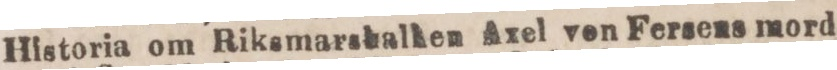
Historia om Riksmarskalken Axel von Fersens mord